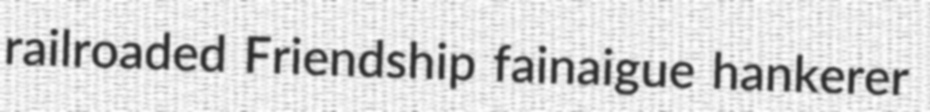
railroaded Friendship fainaigue hankerer